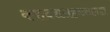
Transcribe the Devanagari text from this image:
करादशसहस्रनामात